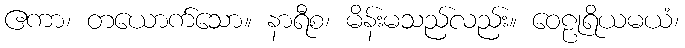
ဧကာ၊ တယောက်သော။ နာရီစ၊ မိန်းမသည်လည်း။ ဝေဠုရိယမယံ၊